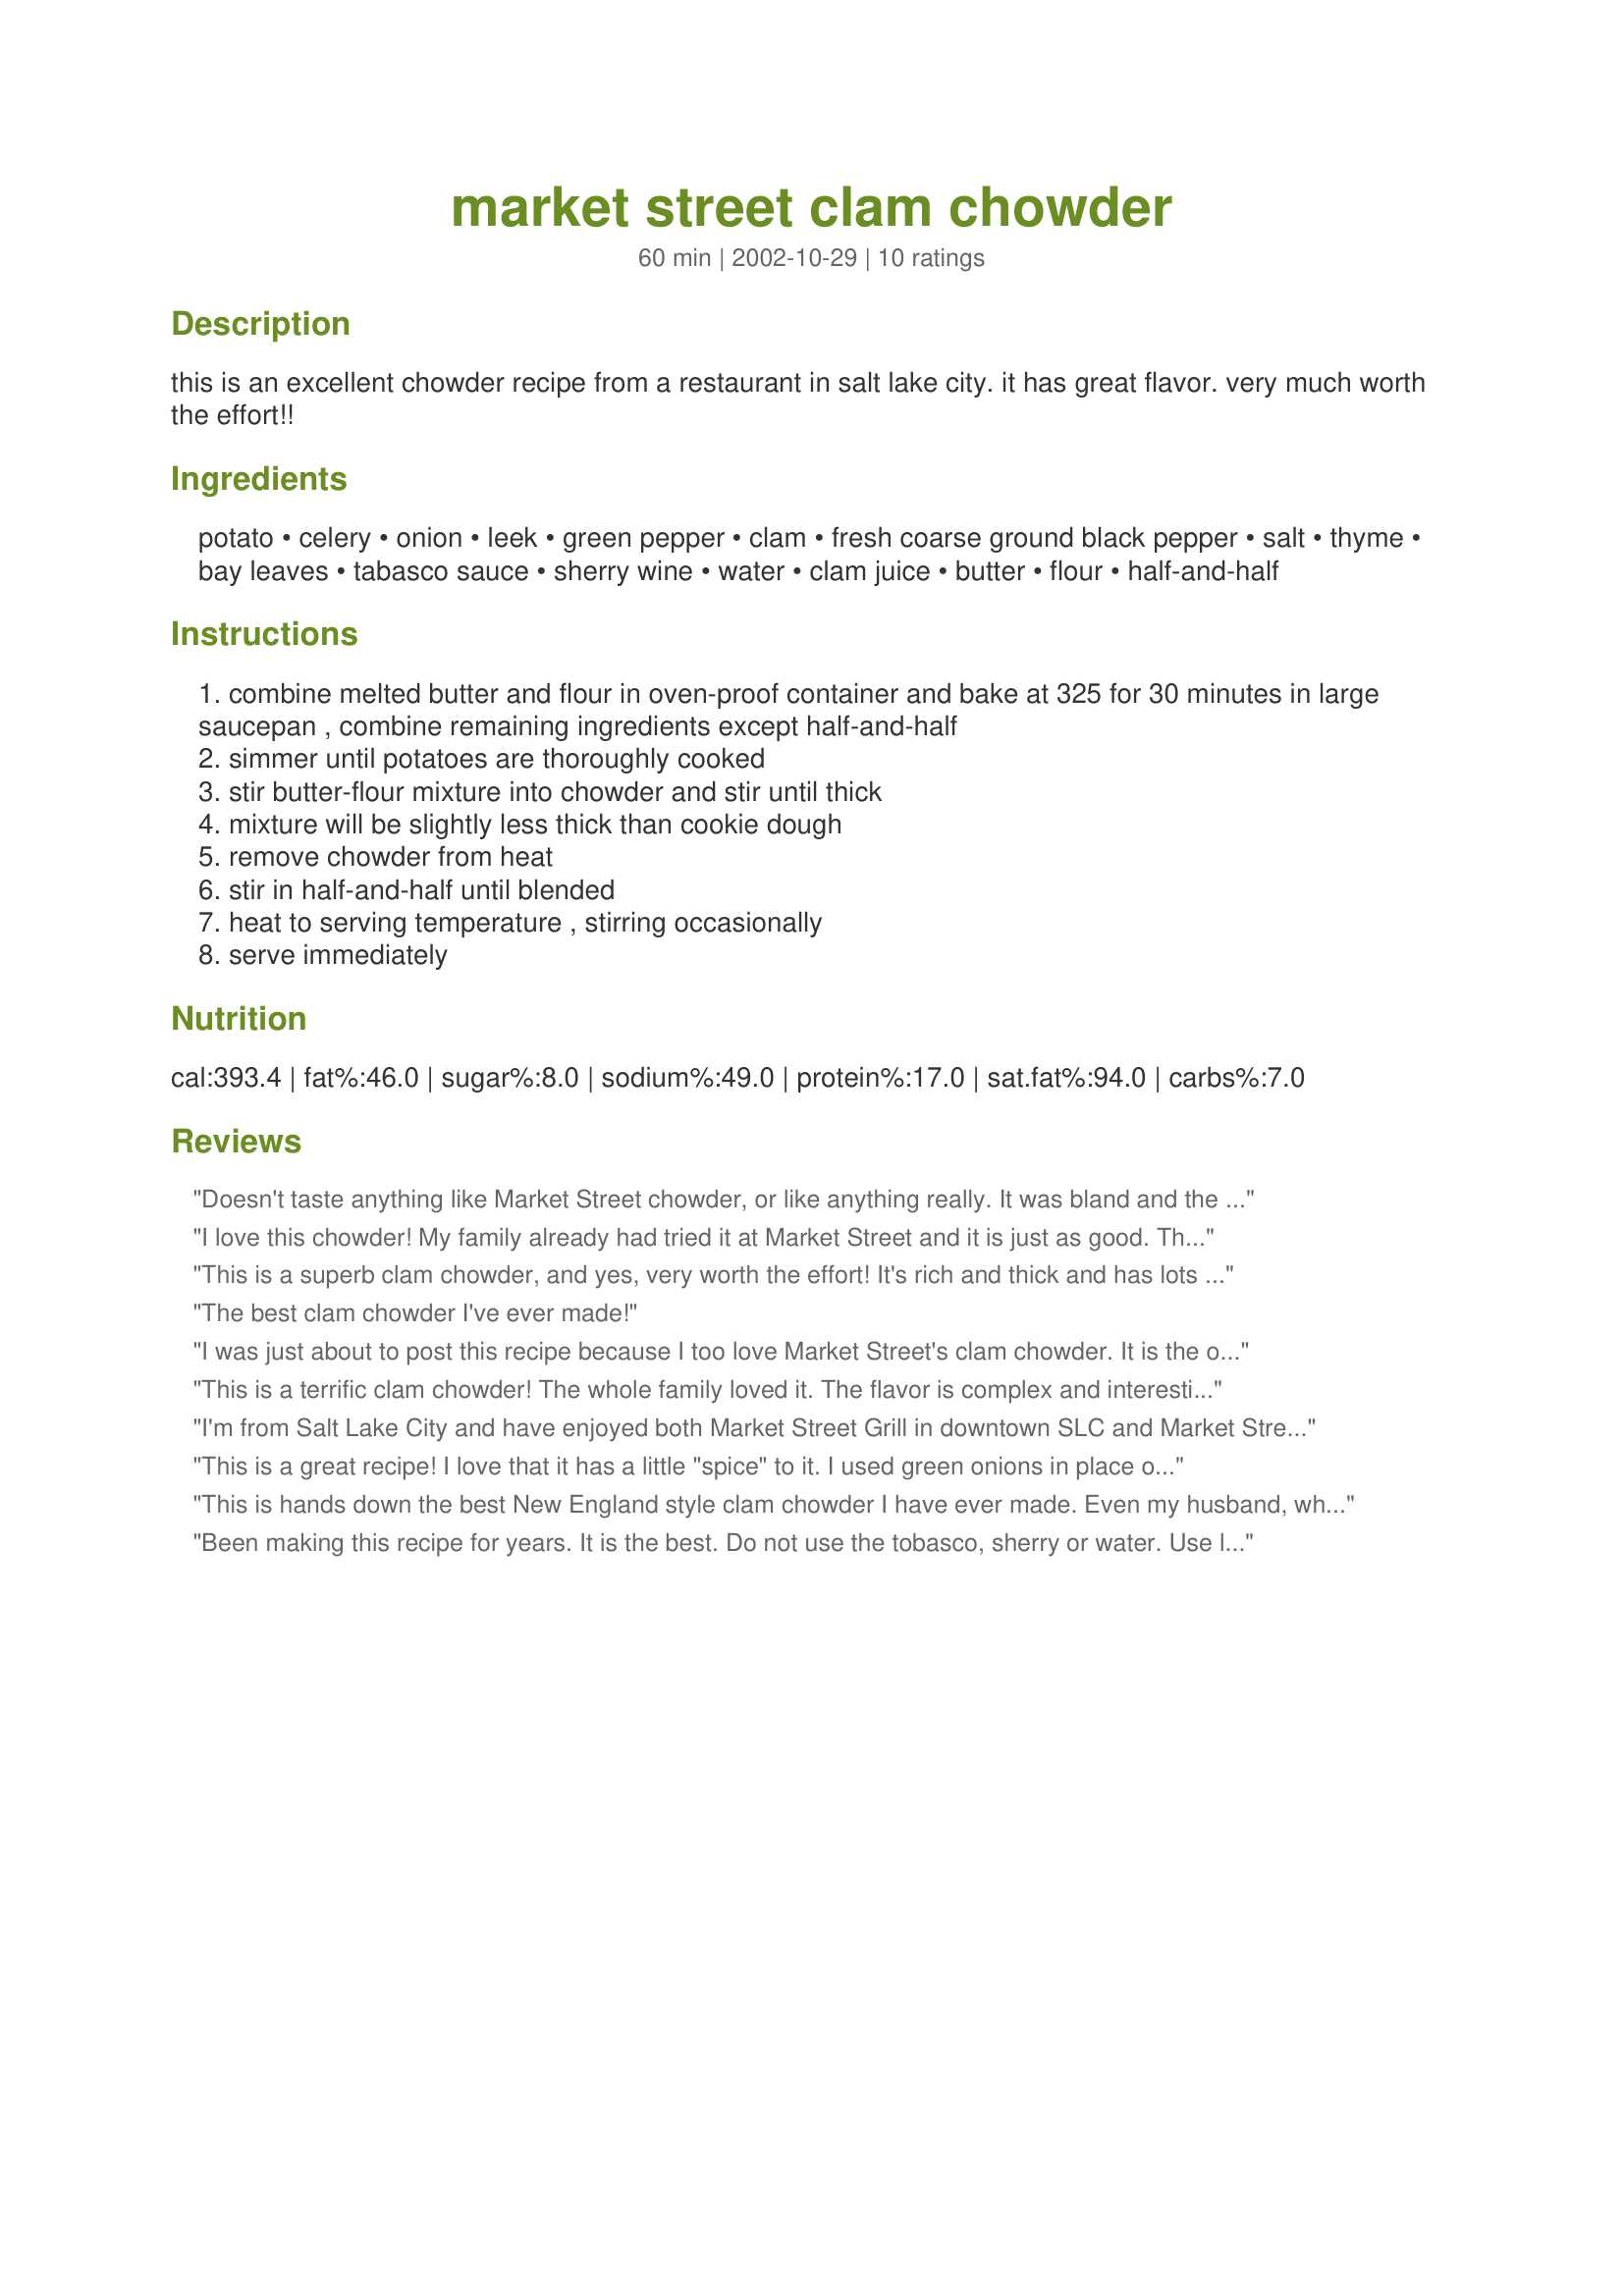
market street clam chowder
Preparation time: 60 minutes

this is an excellent chowder recipe from a restaurant in salt lake city. it has great flavor. very much worth the effort!!

Ingredients:
potato, celery, onion, leek, green pepper, clam, fresh coarse ground black pepper, salt, thyme, bay leaves, tabasco sauce, sherry wine, water, clam juice, butter, flour, half-and-half

Steps:
combine melted butter and flour in oven-proof container and bake at 325 for 30 minutes in large saucepan , combine remaining ingredients except half-and-half
simmer until potatoes are thoroughly cooked
stir butter-flour mixture into chowder and stir until thick
mixture will be slightly less thick than cookie dough
remove chowder from heat
stir in half-and-half until blended
heat to serving temperature , stirring occasionally
serve immediately

Reviews:
Doesn't taste anything like Market Street chowder, or like anything really. It was bland and the clams came out tough. Not to be a total jerk, but I've had better clam chowder from a can. Also, I second the guy that says to use more clam juice. The chowder tasted like a lot of dairy. Clam juice or quality fish stock would have been way better.
I love this chowder! My family already had tried it at Market Street and it is just as good. Thank you Lubie!
This is a superb clam chowder, and yes, very worth the effort! It's rich and thick and has lots of flavor from all of those veggies and herbs. I had 16 oz of fresh chopped clams and I'm glad that I chose this recipe to use them in. I did use the optional sherry wine. Made the roux on the stovetop instead of the oven. I will definitely make this again. Thanx!
The best clam chowder I've ever made!
I was just about to post this recipe because I too love Market Street's clam chowder. It is the only clam chowder I like more than my mom's. I've never actually made this (it's funner to have someone else do all the work!) but I get it everytime I go to Market Street without fail. So good, you will not be sorry!
This is a terrific clam chowder! The whole family loved it. The flavor is complex and interesting, not bland. I used cornstarch instead of flour to make it gluten free. The roux didn't brown but still worked well.
I'm from Salt Lake City and have enjoyed both Market Street Grill in downtown SLC and Market Street Grill close to the University of Utah. We make our home now in western Idaho. I have been making this Clam Chowder almost as long as I've been married, forty years. Fresh clams are not an option but I had problems when I first made this, as the canned clams became tough and chewy. I solved the problem by waiting to stir in the clams until the half and half goes in. The clams are already cooked when they are canned. I also love a bit of bacon in my clam chowder so I pre-fry a half a pound and I can sort of take credit for a new recipe...yum! It's now tradition on New Years!
This is a great recipe! I love that it has a little "spice" to it. I used green onions in place of leeks. I will make this again for sure. Thanks!
This is hands down the best New England style clam chowder I have ever made. Even my husband, who hates clam chowder liked this one!

TIP: You're going to need about 4lbs fresh clams to get the 3/4 cup you need. I bought just over 3 lbs, and came in just under 3/4 cup. It's much more cost effective to use canned.
Been making this recipe for years. It is the best. Do not use the tobasco, sherry or water. Use lots more clams and clam juice instead of water. Also use whole milk instead of cream. It is delicious. It wouldn't be Christmas without this chowder. And several times during the year
